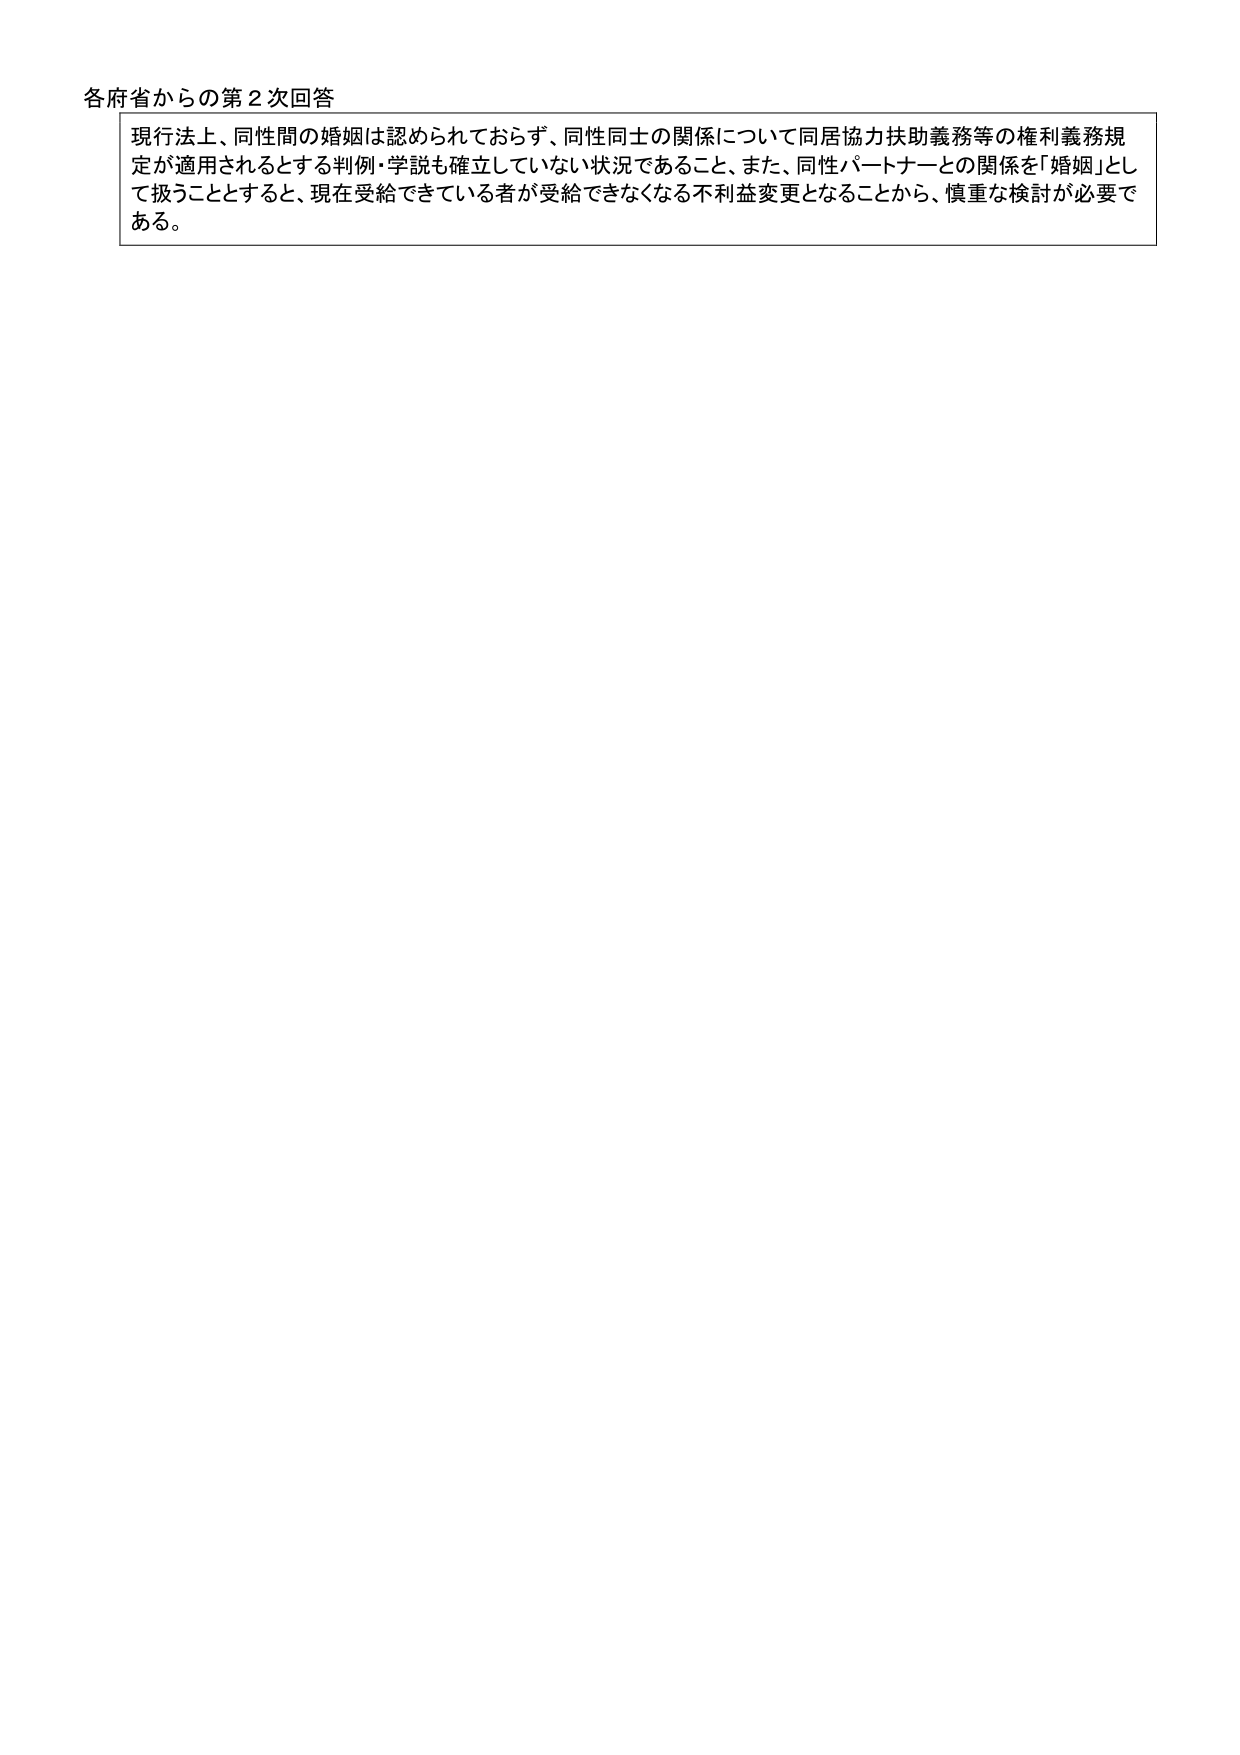
各府省からの第２次回答

現行法上、同性間の婚姻は認められておらず、同性同士の関係について同居協力扶助義務等の権利義務規定が適用されるとする判例・学説も確立していない状況であること、また、同性パートナーとの関係を「婚姻」として扱うこととすると、現在受給できている者が受給できなくなる不利益変更となることから、慎重な検討が必要である。